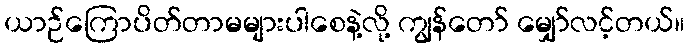
ယာဉ်ကြောပိတ်တာမများပါစေနဲ့လို့ ကျွန်တော် မျှော်လင့်တယ်။